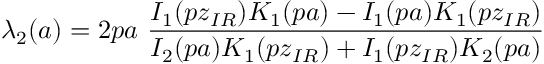
\lambda _ { 2 } ( a ) = 2 p a ~ \frac { I _ { 1 } ( p z _ { I R } ) K _ { 1 } ( p a ) - I _ { 1 } ( p a ) K _ { 1 } ( p z _ { I R } ) } { I _ { 2 } ( p a ) K _ { 1 } ( p z _ { I R } ) + I _ { 1 } ( p z _ { I R } ) K _ { 2 } ( p a ) }